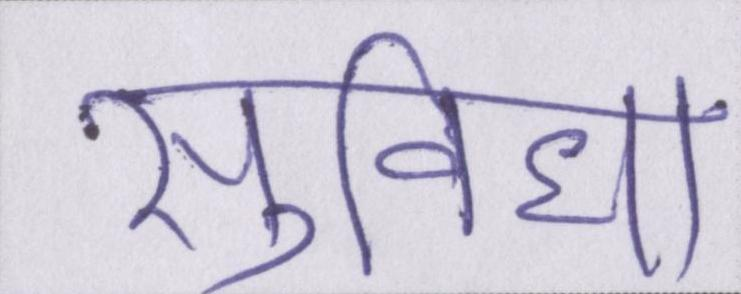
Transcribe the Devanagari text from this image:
सुविधा